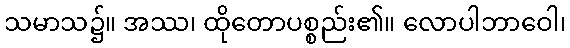
သမာသ၌။ အဿ၊ ထိုတောပစ္စည်း၏။ လောပါဘာဝေါ၊